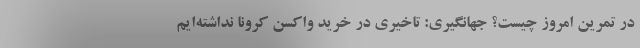
در تمرین امروز چیست؟ جهانگیری: تاخیری در خرید واکسن کرونا نداشته‌ایم